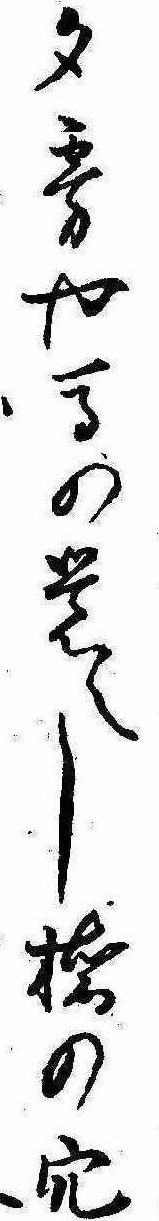
夕霧や馬の覚へし橋の穴